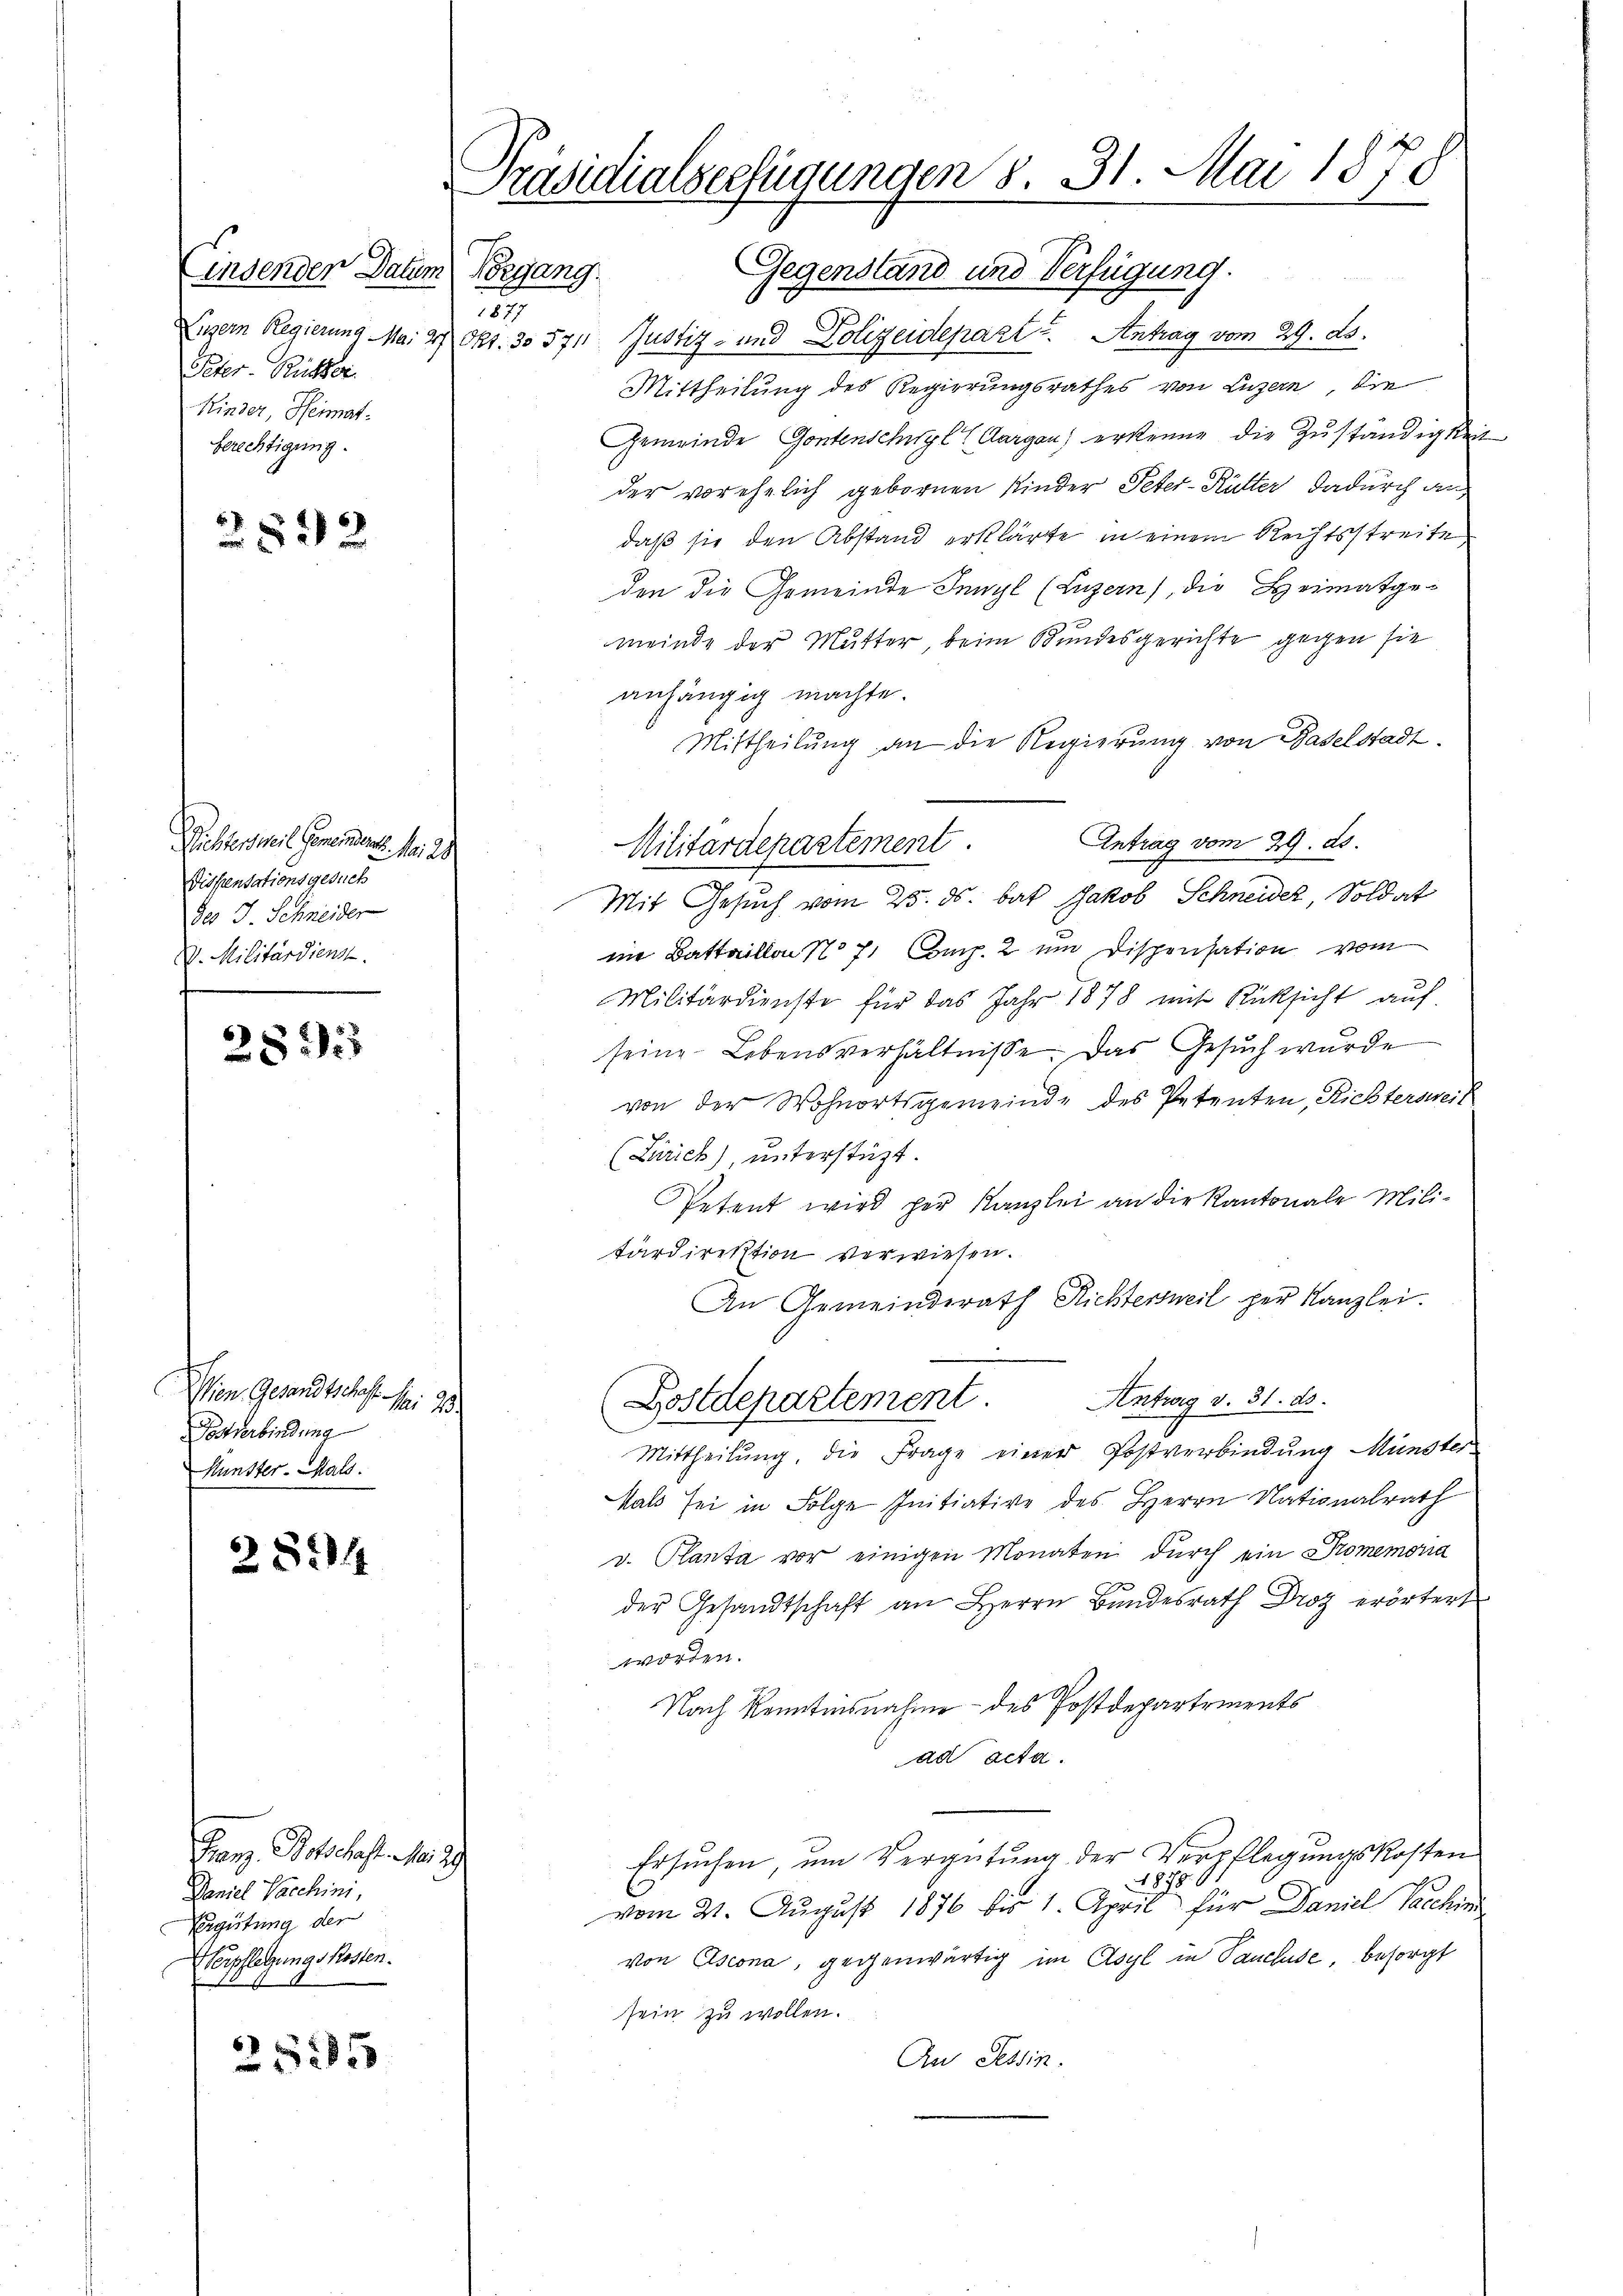
Einsender Datum Vorgang
Peter-Rücker.
Kinder, Heimat-
berechtigung.

2892

Pübten mit Gemeinderes. v. 28
Dispensationsgesuch
des J. Schneider
V. Militärdiens.

28)

Wien Gesandtschaft Nr. 202
Postverbindung
Kunster. Hals.

2894

25285

Karz. Botschaft d. 29
Daniel Vacchini,
Vergütung der
Werpfletzungskosten.

Präsidialserfügungen S. 31. Mai 1878

Gegenstand und Verfügung.
1877
Luzern Regierung Mai 27 Okt. 355711. Justiz- und Polizeidepart. Antrag vom 29. ds.
Mittheilung des Regierungsrathes von Luzern, die
Gemeinde Gontenschwyl (Aargau) erkenne die Zuständigkei
der vorehelich gebornen Kinder Peter-Rütter dadurch an
daß sie den Abstand erklärte in einem Rechtsstreite
den die Gemeinde Inwyl (Luzern), die Heimatge-
meinde der Mutter, beim Bundesgerichte gegen sie
anhängig machte.
Mittheilung an die Regierung von Baselstadt.
Mit Gesuch vom 25. ds. bat Jakob Schneider, Soldat
ni Battaillon No 71 Amp. 2 und Dispensation vom
Militärdienste für das Jahr 1878 mit Rücksicht auf
seine Lebensverhältnisse. Das Gesuch wurde
von der Wohnortsgemeinde des Petenten, Richtersweit
(Zürich), unterstützt.
Petent wird her Kanzlei an die Kantonale Militärdirektion verwiesen.
An Gemeinderath Richtersweil per Kanzlei.
Postdepartement. Antrag v. 31. ds.
Mittheilung, die Frage einer Postverbindung Münster
Hals sei in Folge Initiative des Herrn Nationalrath
v. Planta vor einigen Monaten durch ein Promemoria
der Gesandtschaft an Herrn Bŭndesrath Droz erörtert
worden.
Nach Kenntnisnahme des Postdepartements
ad acta.
Ersuchen, um Vergütung der Verpflegungskosten
1879
vom 21. August 1876 bis 1. April für Daniel Sacchi
von Escona, gegenwärtig im Asyl in Pancluse, besorgt
sein zu wollen.
Au Tessin.

Antrag vom 29. ds.
Militärdepartement.

s